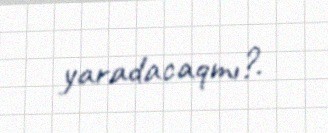
yaradacaqmı?.